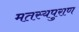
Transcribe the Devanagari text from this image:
मतस्यपुराण